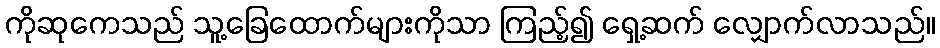
ကိုဆုကေသည် သူ့ခြေထောက်များကိုသာ ကြည့်၍ ရှေ့ဆက် လျှောက်လာသည်။